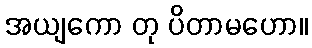
အယျကော တု ပိတာမဟော။